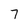
Character: 7